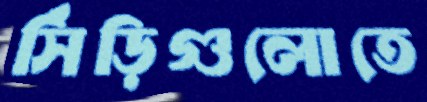
সিঁড়িগুলোতে